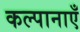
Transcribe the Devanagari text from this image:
कल्पानाएँ